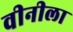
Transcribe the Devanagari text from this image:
वीनीला